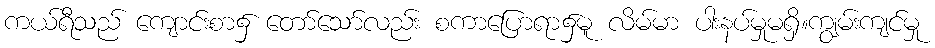
ကယ်ရီသည် ကျောင်းစာ၌ တော်သော်လည်း စကာပြောရာ၌မူ လိမ်မာ ပါးနပ်မှုမရှိ။ကျွမ်းကျင်မှု